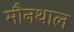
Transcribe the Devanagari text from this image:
मौनथाल